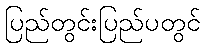
ပြည်တွင်းပြည်ပတွင်